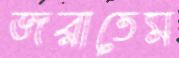
জরাতেম